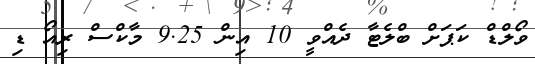
ވޯލްޑް ކަޕަށް ބްލެޓާ ދެއްވީ 10 އިން 9.25 މާކްސް ރިއޯ ޑި